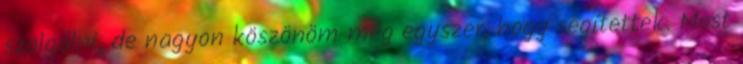
szolgálni, de nagyon köszönöm még egyszer, hogy segítettek. Most